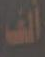
ألف